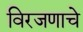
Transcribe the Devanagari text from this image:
विरजणाचे